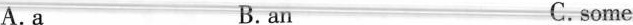
A.a B.an C.some